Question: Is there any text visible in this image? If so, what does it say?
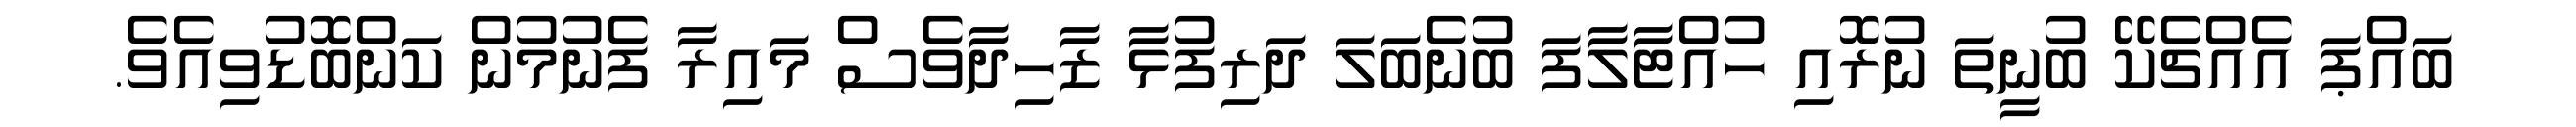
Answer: ބައްޕަ އެއްޗެކޭ ބުނީތަ ނުރޮއި ހުއްޓާލާފަ ބުނެބަލަ ދަރިފުޅާ ޒާހިދާވެސް މައިރާ ފެނުމުން ކަންބޮޑުވިއެވެ.